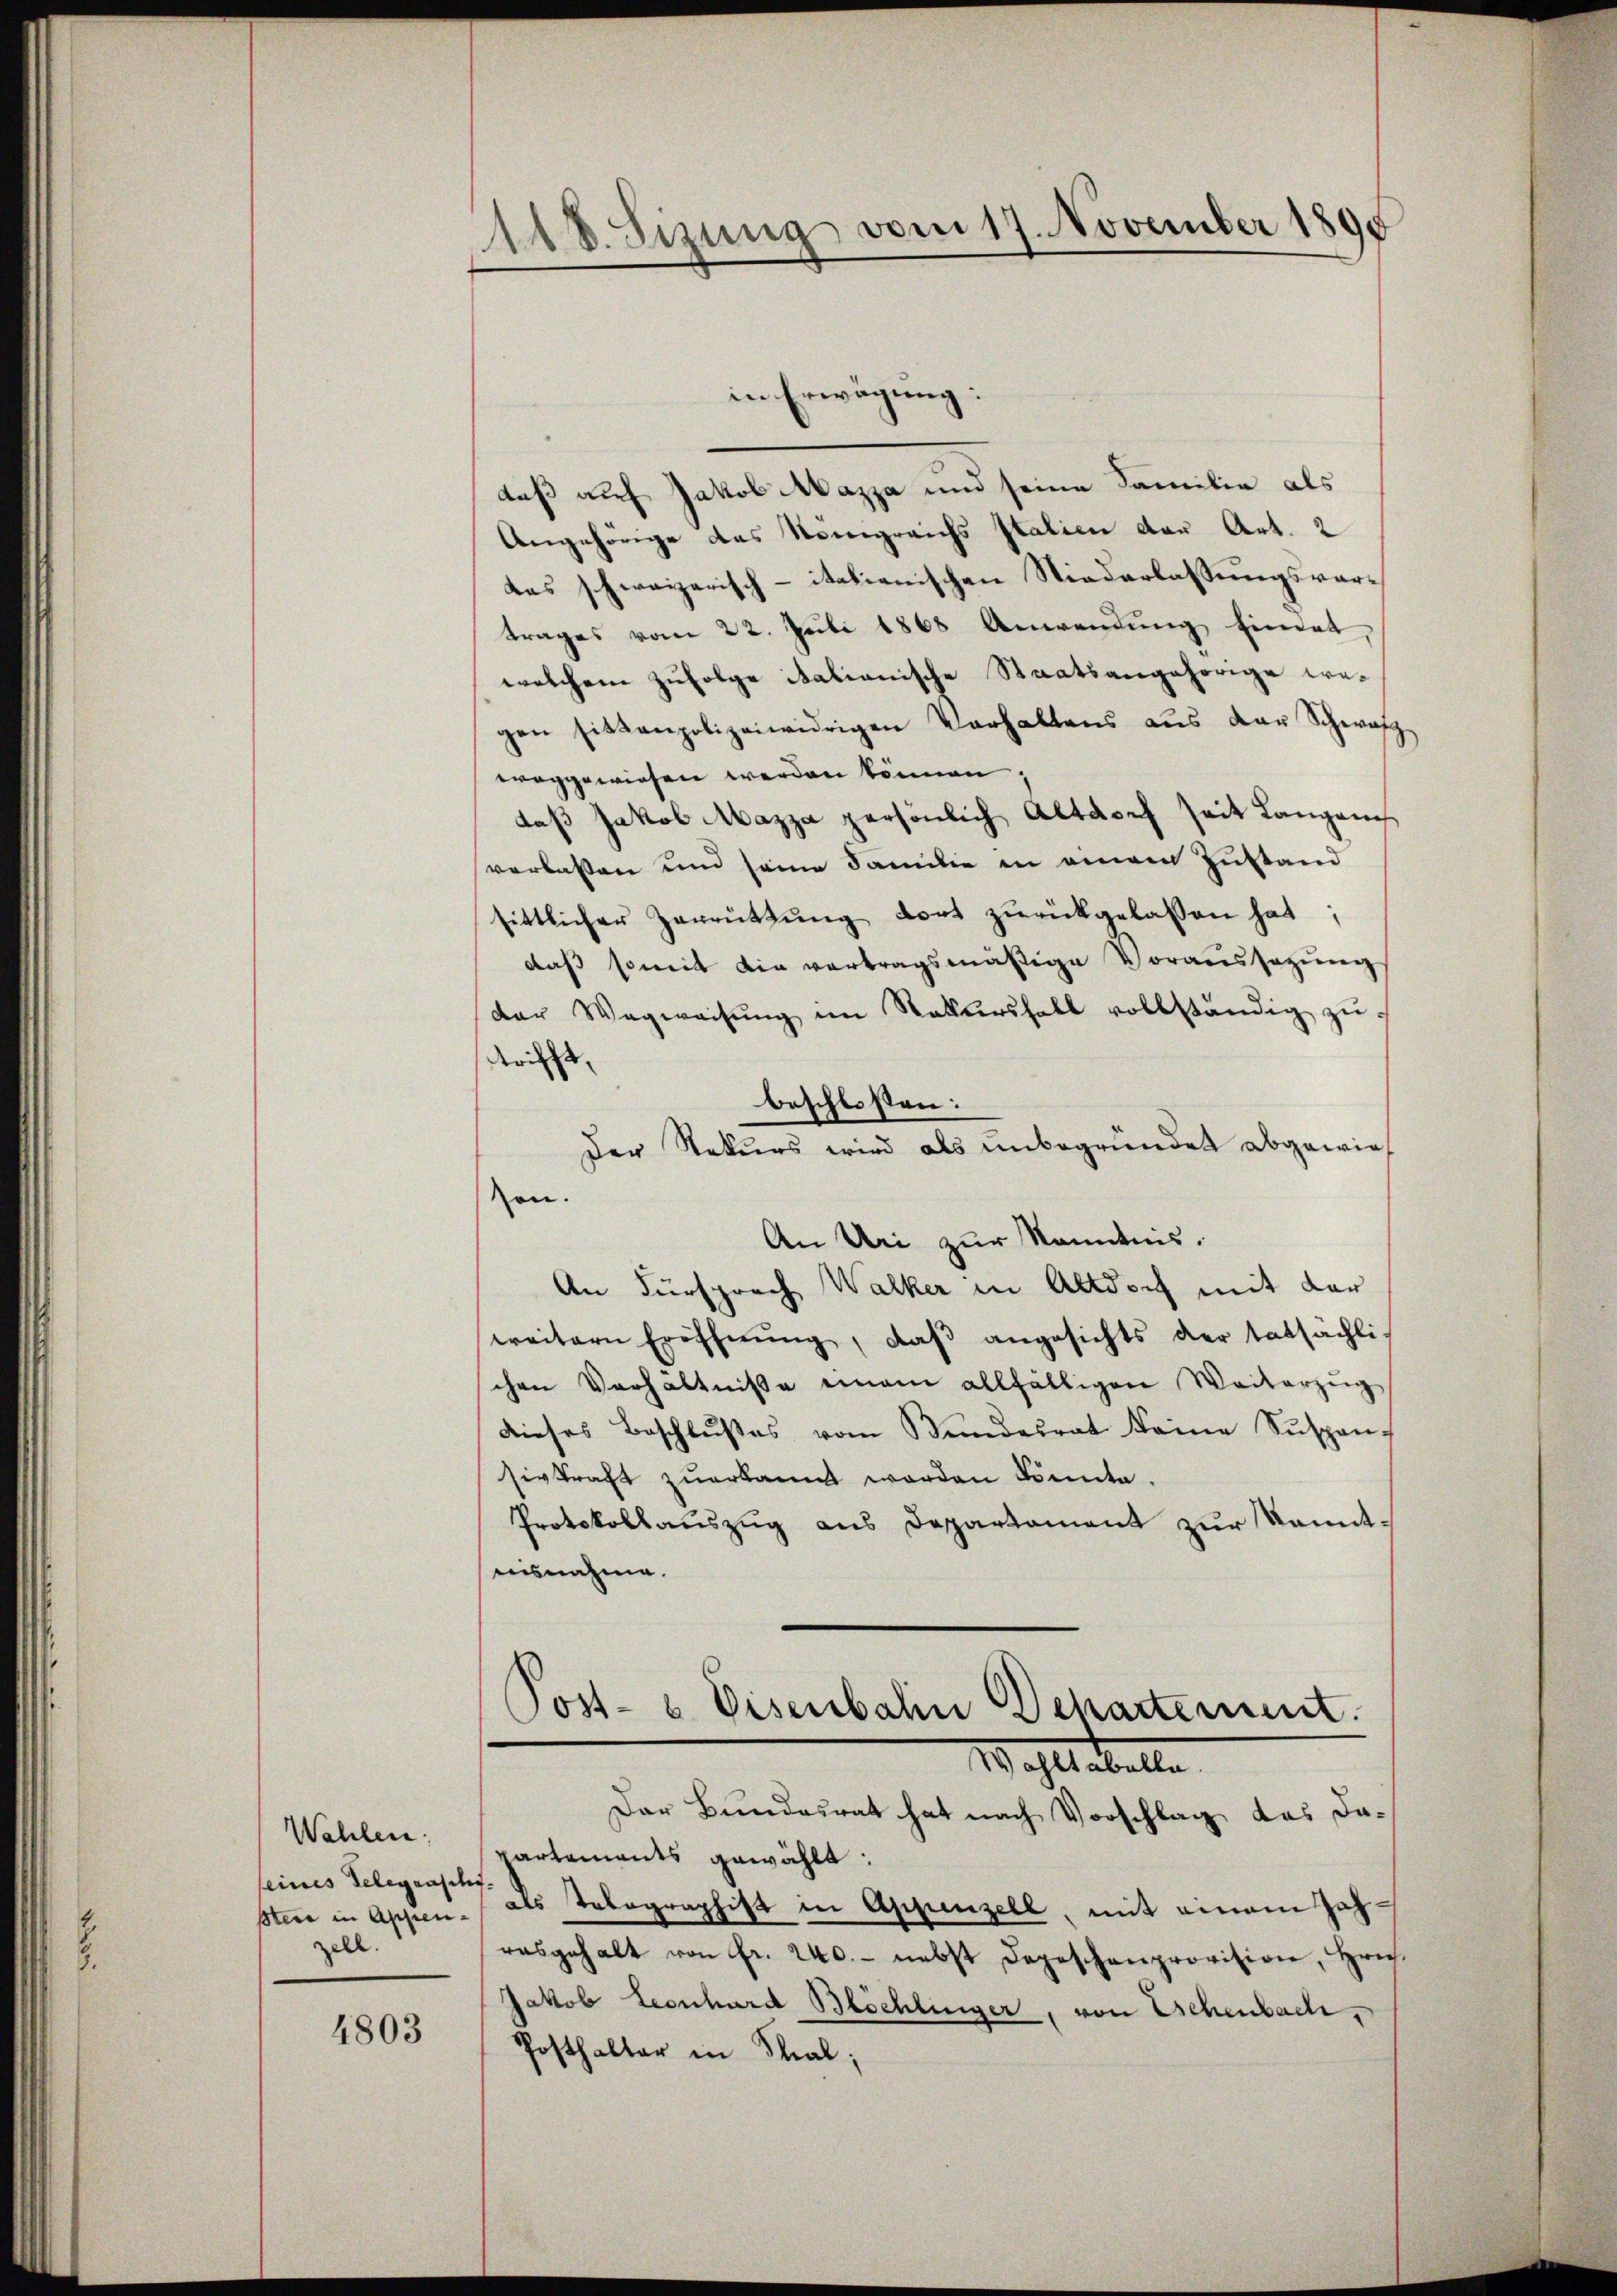
s

Wahlen:
seines Telegenschi
zell.

4803

18. Sizung vom 17. November 1890

in Erwägung:
daß auf Jakob Mazza und seine Familie als
Angehörige das Königreichs Italien der Art. 2
das schweizerisch-italienischen Niederlassungsvortrages vom 22. Juli 1868 Anwendung findet,
welchem zufolge italianische Staatsangehörige wegen sitzenpolizeiwidrigen Verhaltens aus der Schwarz
weggewiesen werden können.
daß Jakob Mazza persönlich Altdorf seit Langauch
verlassen und seine Familie in einem Zustand
sittlicher Zerrützŭng dort zŭrückgelassen hat;
daß somit die vertragsmäßige Voraussagung,
der Wegweisung im Rathsersfall vollständig zu
trifft,
beschlossen:
Der Rekurs wird als unbegründet abgewies
zen.
An Uri zur Kenntnis.
An Fürsprach Walker in Altdorf mit der
weitern Eröffnŭng, daβ angesichts der tatsächlichen Verhältniße einem allfälligen Weiterzug
dieses Beschlußes vom Bundesrat keine Suspen-
sivkraft zuerkannt worden könnte.
Protokollauszug aus Departament zur Kenntuisnahme.
Post- u. Eisenbahn chartement.
Wohltabelle
Der Bundesrat hat nach Vorschlag das da¬
Cartements gewählt:
Stein in Appen- als Telegraphift in Appenzell, mit einem Jahrasgehalt von fr. 240.- nebst Depeschenprovision, Hrn.
Jakob Leonhard Blöchlinger, von Eschenbach,
Posthalter in Mal;